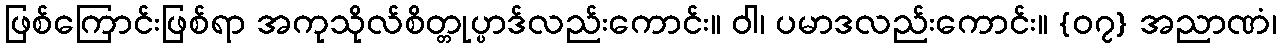
ဖြစ်ကြောင်းဖြစ်ရာ အကုသိုလ်စိတ္တုပ္ပာဒ်လည်းကောင်း။ ဝါ၊ ပမာဒလည်းကောင်း။ {၀၇} အညာဏံ၊